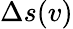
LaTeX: \Delta s(v)